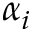
\alpha _ { i }